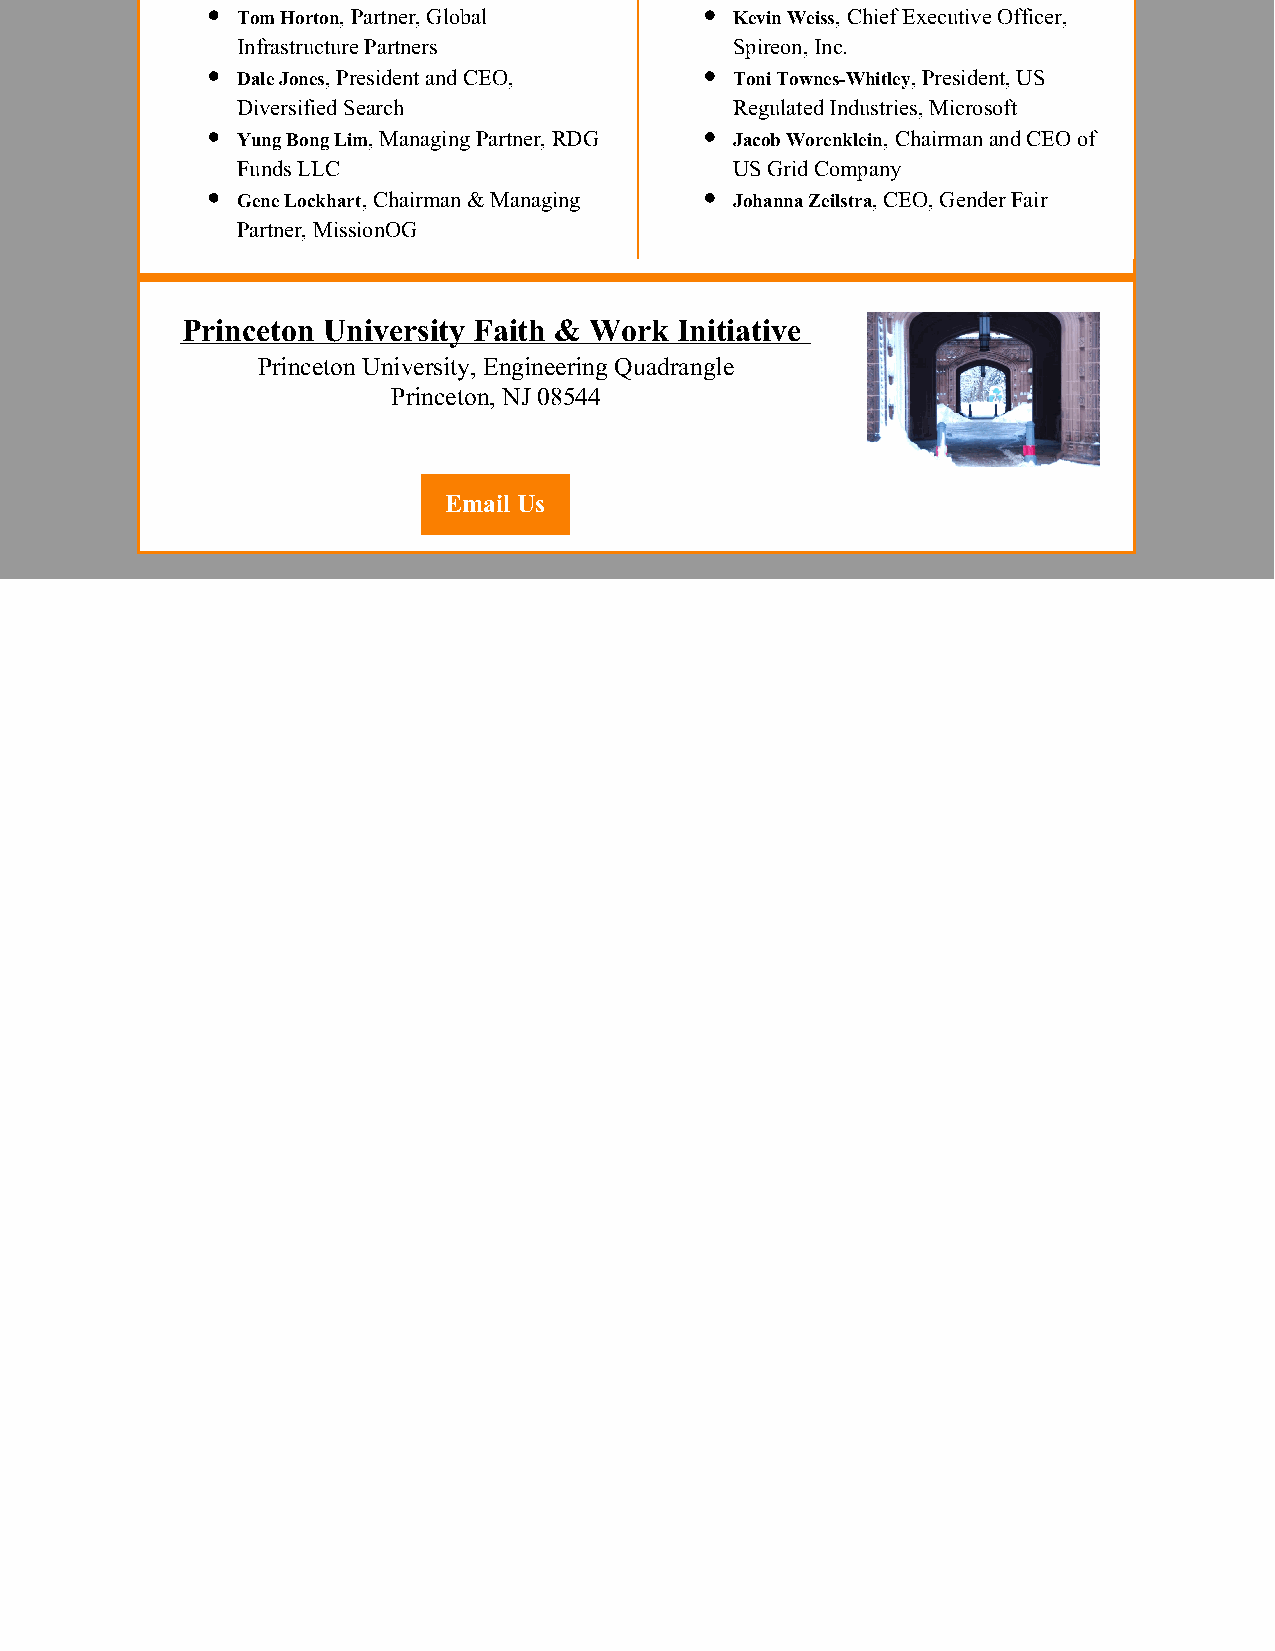
Tom Horton, Partner, Global      Kevin Weiss, Chief Executive Officer,
 Infrastructure Partners          Spireon, Inc.
 Dale Jones, President and CEO,   Toni Townes-Whitley, President, US
 Diversified Search               Regulated Industries, Microsoft
 Yung Bong Lim, Managing Partner, RDG Jacob Worenklein, Chairman and CEO of
 Funds LLC                        US Grid Company
 Gene Lockhart, Chairman & Managing Johanna Zeilstra, CEO, Gender Fair
 Partner, MissionOG
 Princeton University Faith & Work Initiative
 Princeton University, Engineering Quadrangle
 Princeton, NJ 08544
 Email Us